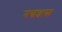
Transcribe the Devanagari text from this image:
मन्त्रशास्त्र